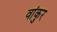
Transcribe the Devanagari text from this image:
वांकुर